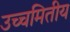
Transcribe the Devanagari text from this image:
उच्चमितीय